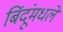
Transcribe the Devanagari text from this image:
बिंदूंमधले